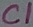
Text: C1